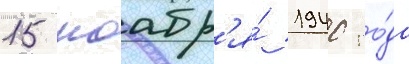
15 ноабр'я́ 1940 го́да